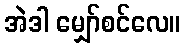
အဲဒါ မျှော်စင်လေ။